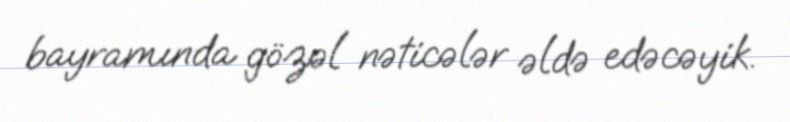
bayramında gözəl nəticələr əldə edəcəyik.